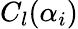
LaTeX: C_{l}(\alpha_{i})